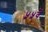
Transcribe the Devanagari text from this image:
५५वें